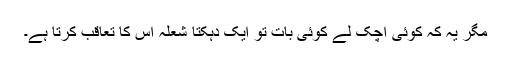
مگر یہ کہ کوئی اچک لے کوئی بات تو ایک دہکتا شعلہ اس کا تعاقب کرتا ہے۔